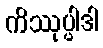
ကိဿုပ္ပါဒါ